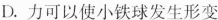
D.力可以使小铁球发生形变